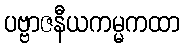
ပဗ္ဗာဇနီယကမ္မကထာ